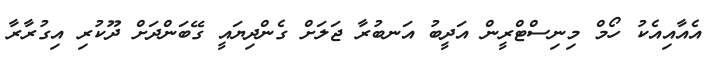
އެއާއިއެކު ހޯމް މިނިސްޓްރީން އަދީބު އަނބުރާ ޖަލަށް ގެންދިޔައީ ގޭބަންދަށް ދޫކުރި އިގުރާރާ